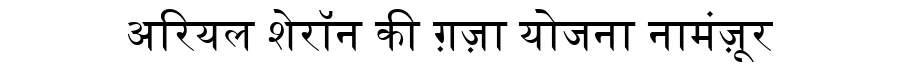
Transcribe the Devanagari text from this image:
अरियल शेरॉन की ग़ज़ा योजना नामंज़ूर